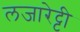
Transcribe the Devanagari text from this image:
लजारेट्टी